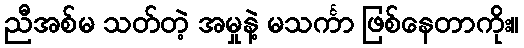
ညီအစ်မ သတ်တဲ့ အမှုနဲ့ မသင်္ကာ ဖြစ်နေတာကိုး။